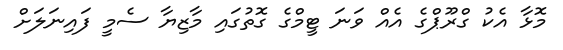
މޮޅާ އެކު ގްރޫޕްގެ އެއް ވަނަ ޓީމްގެ ގޮތުގައި މާޒިޔާ ސެމީ ފައިނަލަށް